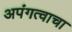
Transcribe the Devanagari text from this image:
अपंगत्वाचा